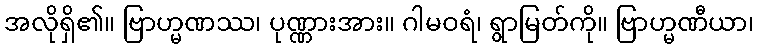
အလိုရှိ၏။ ဗြာဟ္မဏဿ၊ ပုဏ္ဏားအား။ ဂါမဝရံ၊ ရွာမြတ်ကို။ ဗြာဟ္မဏီယာ၊